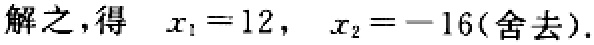
解之，得 \( x_{1}=12, \ x_{2}=-16(\text{舍去}).\)